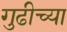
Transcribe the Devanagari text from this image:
गुढीच्या